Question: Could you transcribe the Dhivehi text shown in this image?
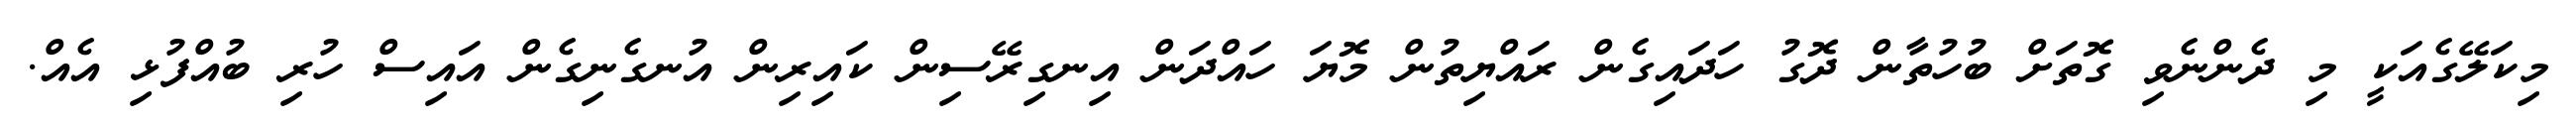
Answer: މިކަލޭގެއަކީ މި ދެންނެވި ގޮތަށް ބުހުތާން ދޮގު ހަދައިގެން ރައްޔިތުން މޮޔަ ހައްދަން އިނގިރޭސިން ކައިރިން އުނގެނިގެން އައިސް ހުރި ބުއްފުޅި އެއް.